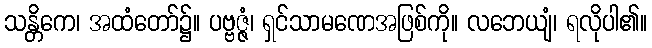
သန္တိကေ၊ အထံတော်၌။ ပဗ္ဗဇ္ဇံ၊ ရှင်သာမဏေအဖြစ်ကို။ လဘေယျံ၊ ရလိုပါ၏။